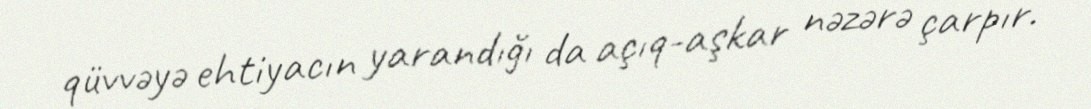
qüvvəyə ehtiyacın yarandığı da açıq-aşkar nəzərə çarpır.